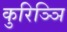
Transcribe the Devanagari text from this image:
कुरिञ्ञि